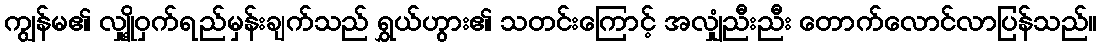
ကျွန်မ၏ လျှို့ဝှက်ရည်မှန်းချက်သည် ရွှယ်ဟွား၏ သတင်းကြောင့် အလျှံညီးညီး တောက်လောင်လာပြန်သည်။